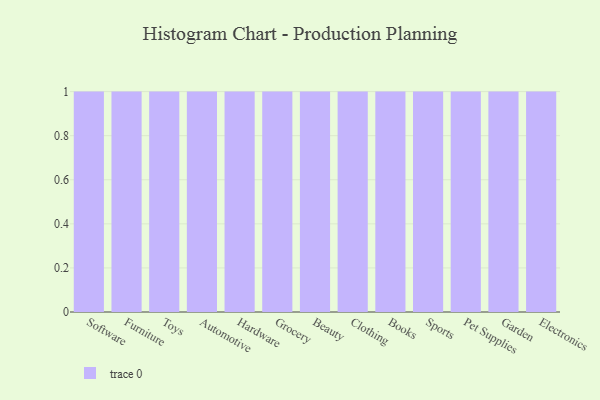
{"axis": {"x": "Category", "y": "Demand Index"}, "legend": [""], "data": [{"x": "Software", "y": 59, "type": ""}, {"x": "Furniture", "y": 32, "type": ""}, {"x": "Toys", "y": 76, "type": ""}, {"x": "Automotive", "y": 41, "type": ""}, {"x": "Hardware", "y": 10, "type": ""}, {"x": "Grocery", "y": 84, "type": ""}, {"x": "Beauty", "y": 99, "type": ""}, {"x": "Clothing", "y": 12, "type": ""}, {"x": "Books", "y": 21, "type": ""}, {"x": "Sports", "y": 42, "type": ""}, {"x": "Pet Supplies", "y": 72, "type": ""}, {"x": "Garden", "y": 43, "type": ""}, {"x": "Electronics", "y": 64, "type": ""}]}